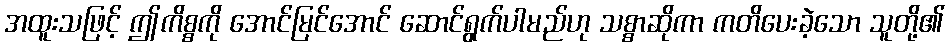
အထူးသဖြင့် ဤကိစ္စကို အောင်မြင်အောင် ဆောင်ရွက်ပါမည်ဟု သစ္စာဆိုကာ ကတိပေးခဲ့သော သူတို့၏